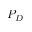
P _ { D }